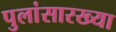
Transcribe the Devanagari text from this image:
पुलांसारख्या